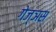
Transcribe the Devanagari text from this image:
गेज्ञस